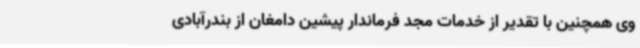
وی همچنین با تقدیر از خدمات مجد فرماندار پیشین دامغان از بندرآبادی